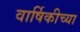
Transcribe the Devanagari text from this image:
वार्षिकीच्या